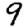
Digit: 9